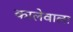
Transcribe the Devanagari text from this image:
कालेवाला